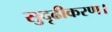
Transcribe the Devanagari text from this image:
सुदृढीकरण।